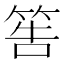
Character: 筶